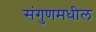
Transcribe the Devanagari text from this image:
संगुणमधील